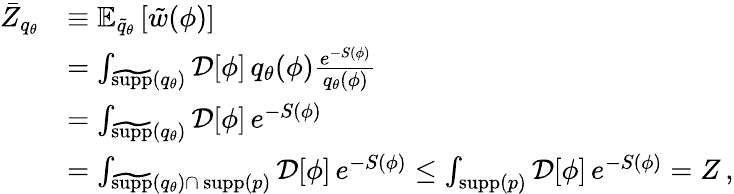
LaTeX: \begin{array}{rl}{\bar{Z}_{q_{\theta}}}&{\equiv\mathbb{E}_{\widetilde{q}_{\theta}}\left[\tilde{w}(\phi)\right]}\\ &{=\int_{\widetilde{\mathrm{supp}}(q_{\theta})}\mathcal{D}[\phi]\, q_{\theta}(\phi)\frac{e^{-S(\phi)}}{q_{\theta}(\phi)}}\\ &{=\int_{\widetilde{\mathrm{supp}}(q_{\theta})}\mathcal{D}[\phi]\, e^{-S(\phi)}}\\ &{=\int_{\widetilde{\mathrm{supp}}(q_{\theta})\cap\, \textrm{supp}(p)}\mathcal{D}[\phi]\, e^{-S(\phi)}\leq\int_{\textrm{supp}(p)}\mathcal{D}[\phi]\, e^{-S(\phi)}=Z\, ,}\end{array}